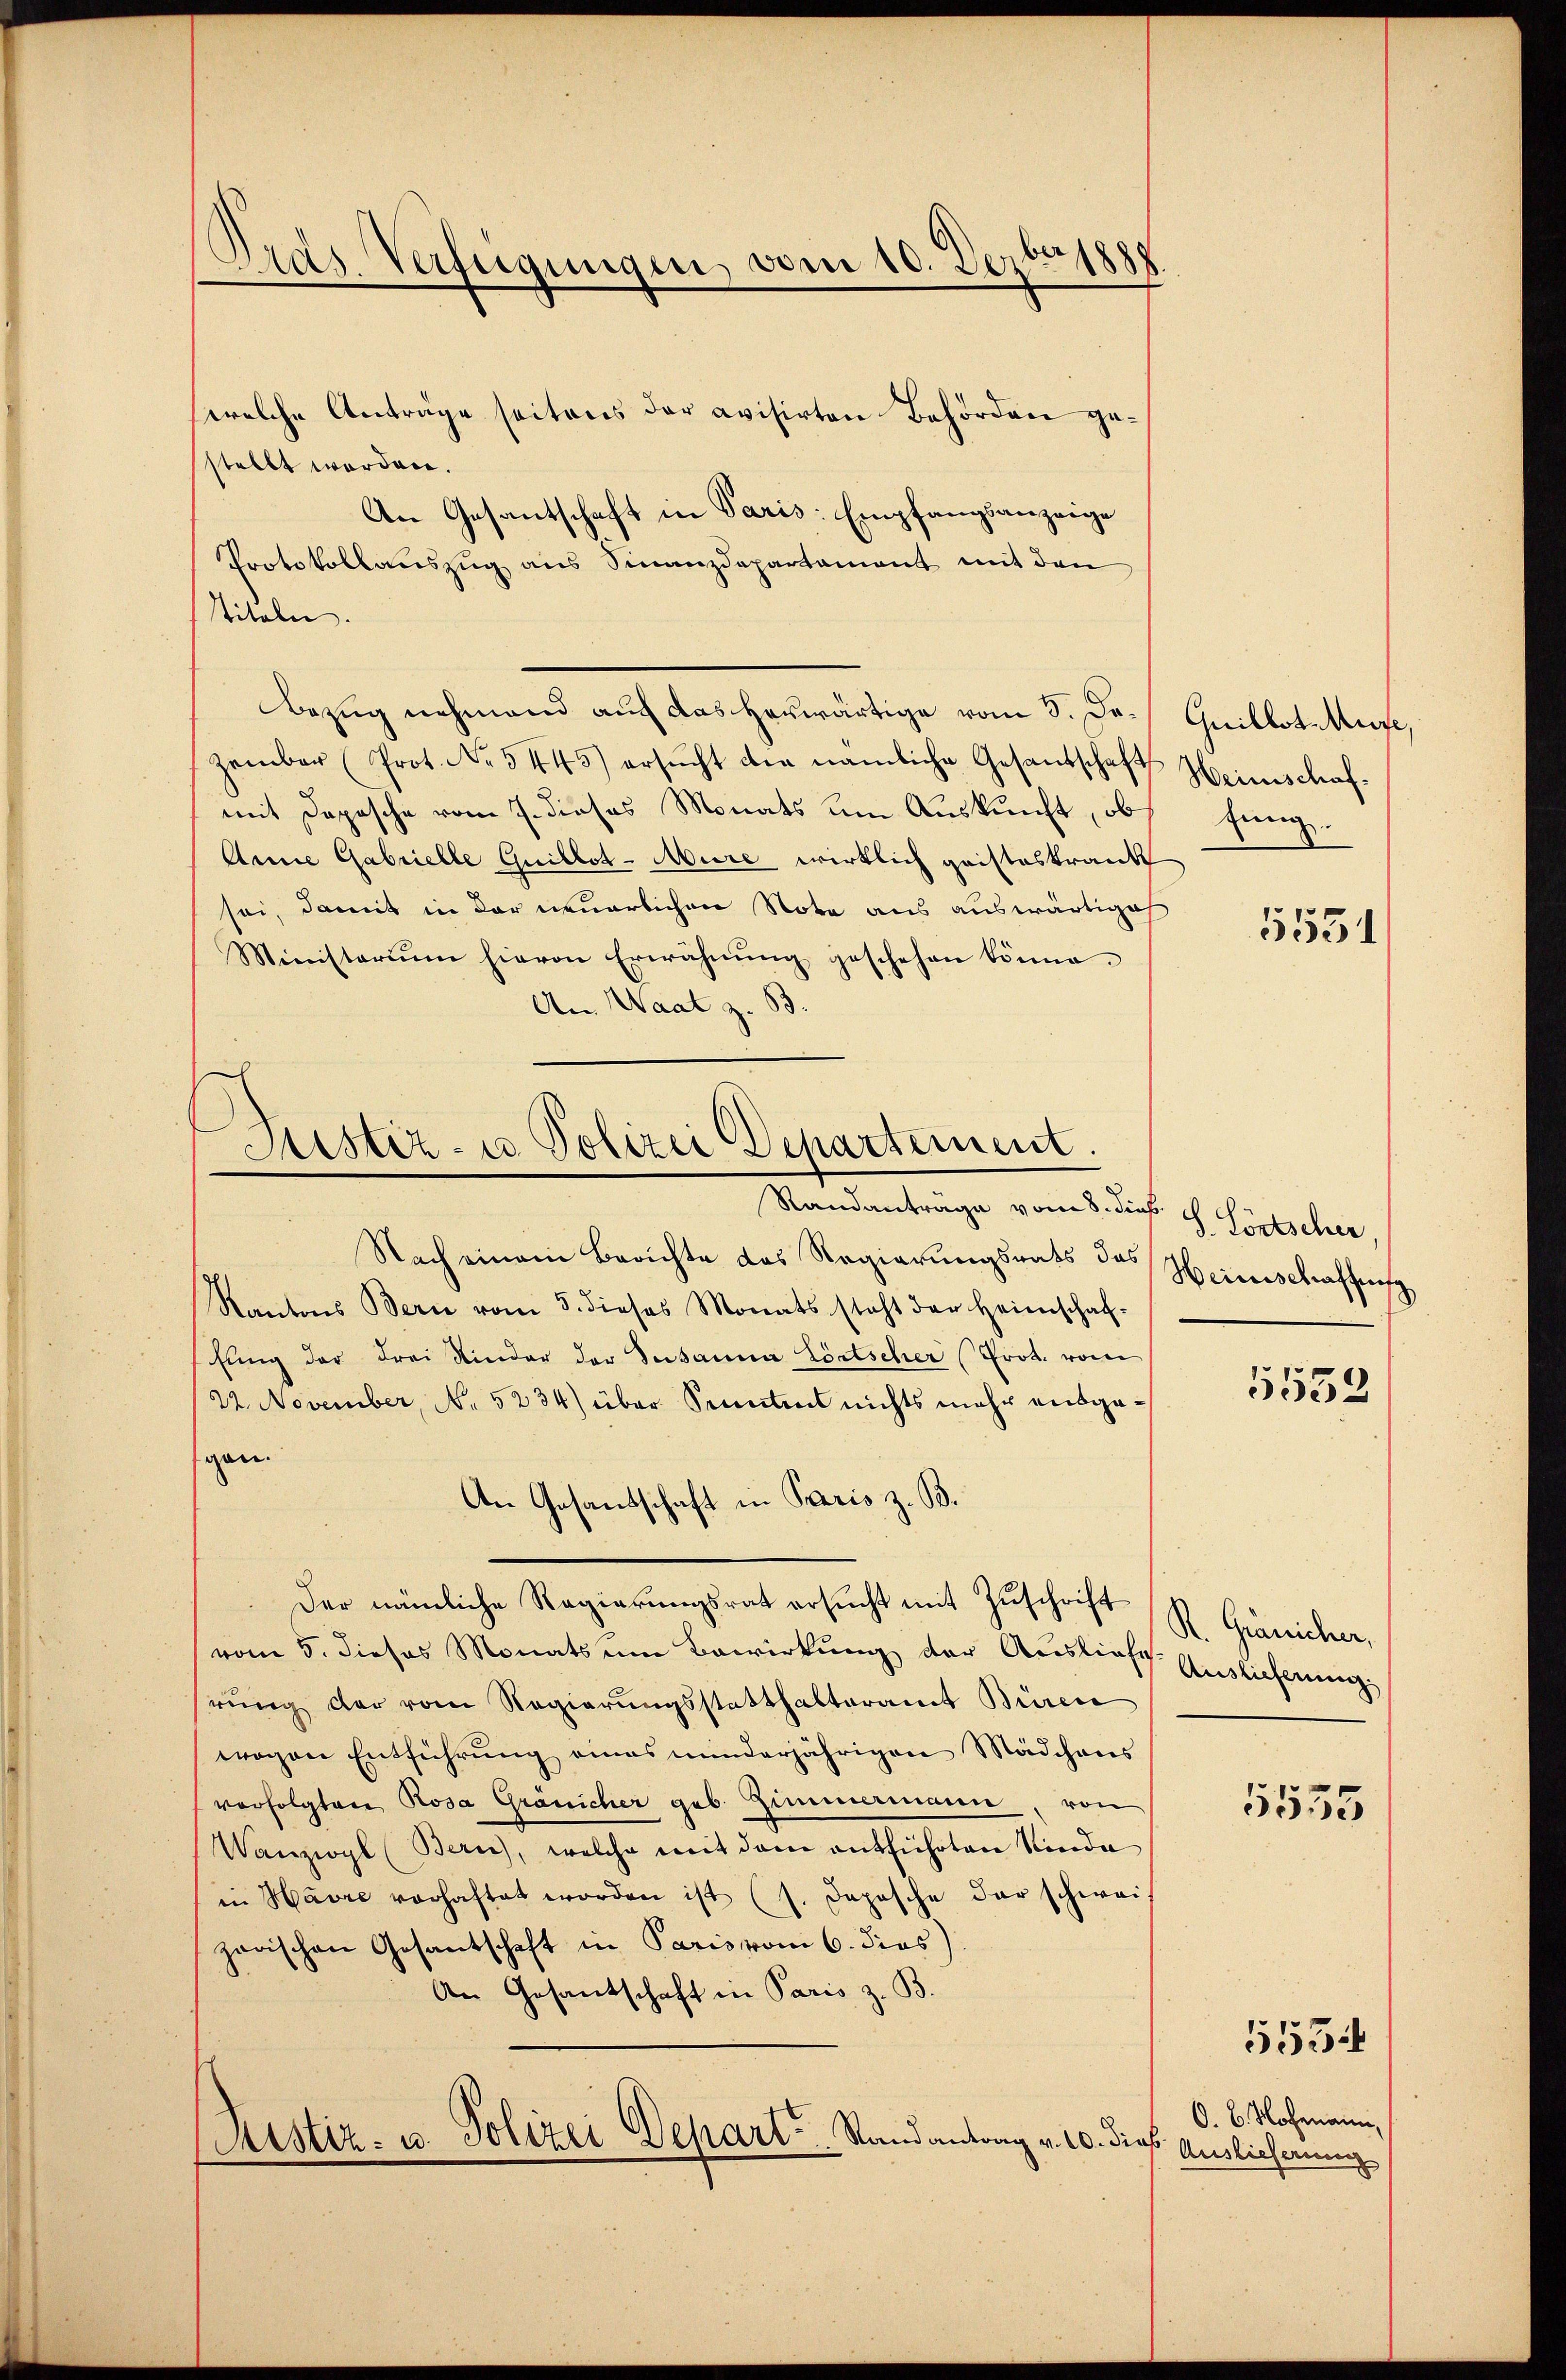
Gras Verfügungen, vom 10. Dezbr. 1888

stellt worden.
An Gesantschaft in Paris: Empfangsanzeige
Protokollauszug aus Sinanzdepartament mit den
Titeln.
Bezug nehmend auf das herwärtige vom 8. Je Guillot. Auge,
zember (Prot. No. 5445) ersŭcht die nämliche Gesandschaft Heimschaf-
mit Depesche vom 7. dieses Monats um Auskunft, ob
Annie Gabrielle Guillot-Mure wirklich gaisteskrank
sei, damit in der neuerlichen Nota aus auswärtige
Ministerium hievon Erwähnŭng geschehen könne.
An Waat z. B.

welche Anträge seitens der avisirten Behörden ge¬

Sistiz- u Polizei Departement.
Randanträge vom 8. Sieb.

Nach einem Berichte das Regierungsrats das
Kantons Bern vom 3. dieses Monats steht der Heimschaf-
Enng der drei Kinder der Susanna Lörtscher (Prot. vom
22. November, No 5234) über Sentent nichts mehr ausgegen.
An Gesandschaft in Paris z. B.
der nämliche Regierungsrat ersucht mit Zuschrift R. Gränicher,
vom 5. dieses Monats um Bewirkung der Ausliefe Auslicherung
rung der vom Regierungsstatthalteramt Büren
wogen Entführŭng eines minderjährigen Mädchens
verfolgten Rosa Gränicher geb. Zimmermann, von
Wanzwyl (Bern, welche mit dem entführten Sinda
in Havre vorhaftet worden ist (s. Depesche der schweis
zerischen Gesantschaft in Paris vom 6. dies
An Gesantschaft in Paris z. B.
Rustiz- u. Polizei Depart . . . Stand antrag v. 20. dies

zung.

5531

S. Lörtscher,
Heinschaffung

5539

5555

O. B. Nochmann,
Auslieferung

5534